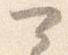
可